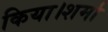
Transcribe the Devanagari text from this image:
किया।शर्मा